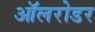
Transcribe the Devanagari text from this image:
ऑलरोडर